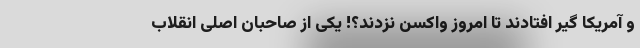
و آمریکا گیر افتادند تا امروز واکسن نزدند؟! یکی از صاحبان اصلی انقلاب